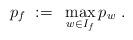
LaTeX: \begin{align*}p_f~:=~\max_{w\in I_f} p_w~. \end{align*}